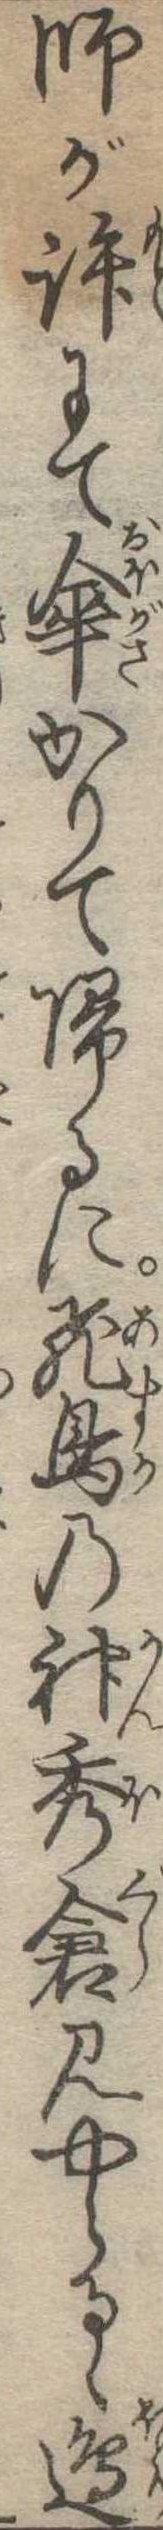
師が許にて傘かりて帰るに飛鳥の神秀倉見やらるゝ辺